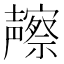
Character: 𱘢